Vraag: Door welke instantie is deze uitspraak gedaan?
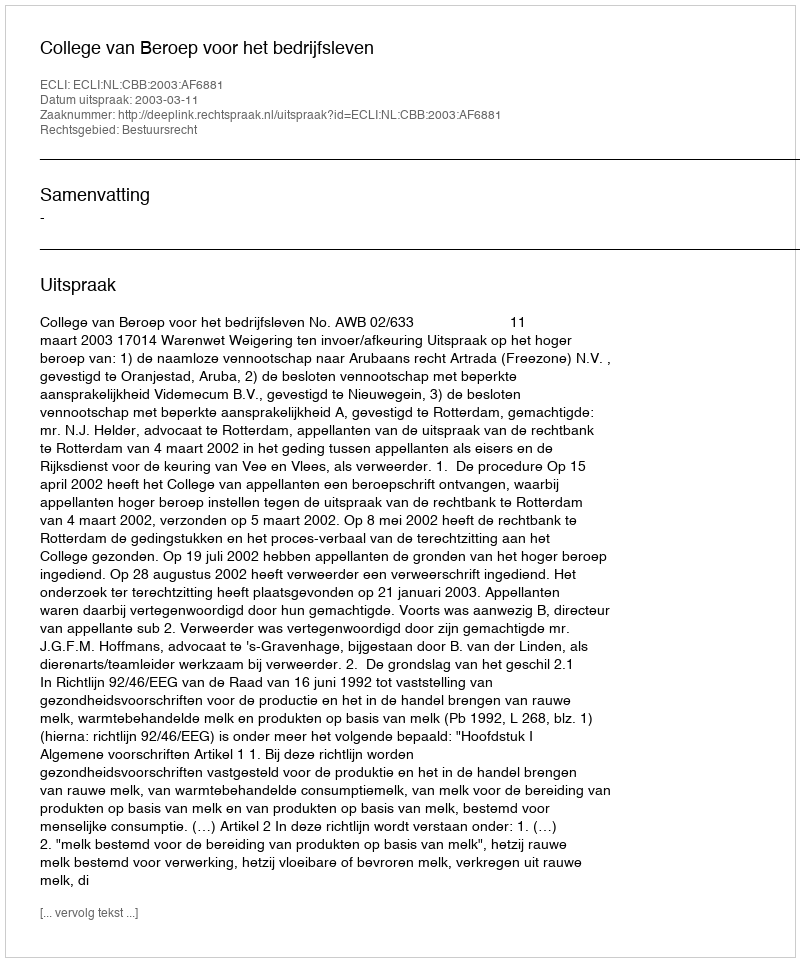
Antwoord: College van Beroep voor het bedrijfsleven